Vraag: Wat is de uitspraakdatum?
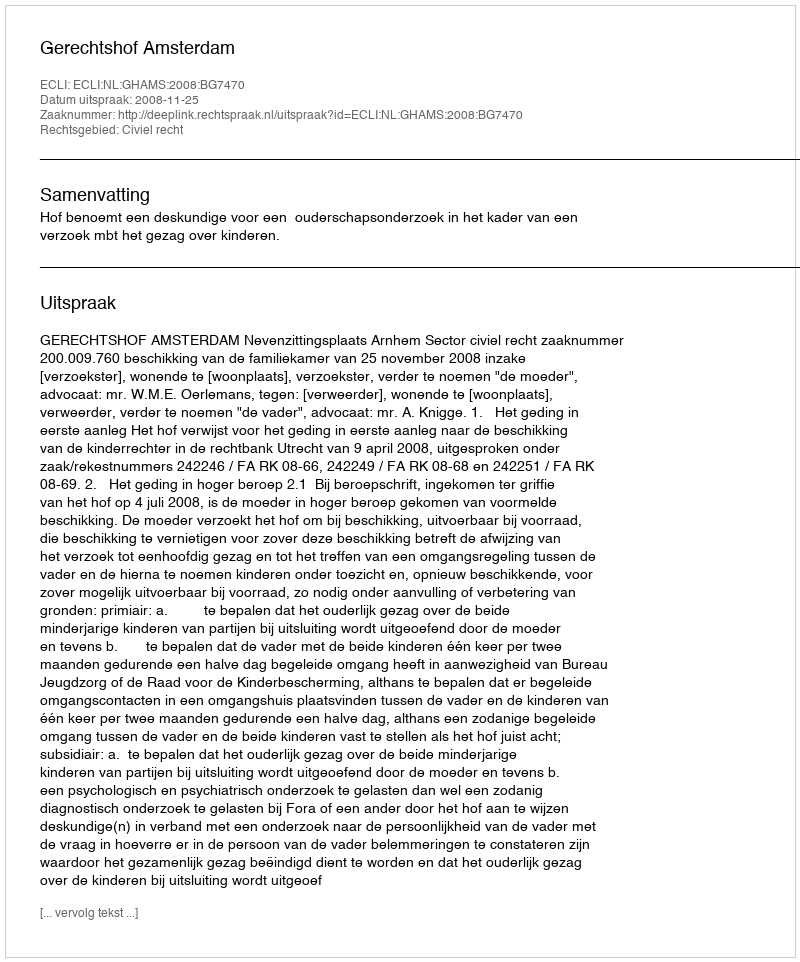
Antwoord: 2008-11-25